Vaccination in Burma 1920-1933 - 1920-1933
Year: 1920
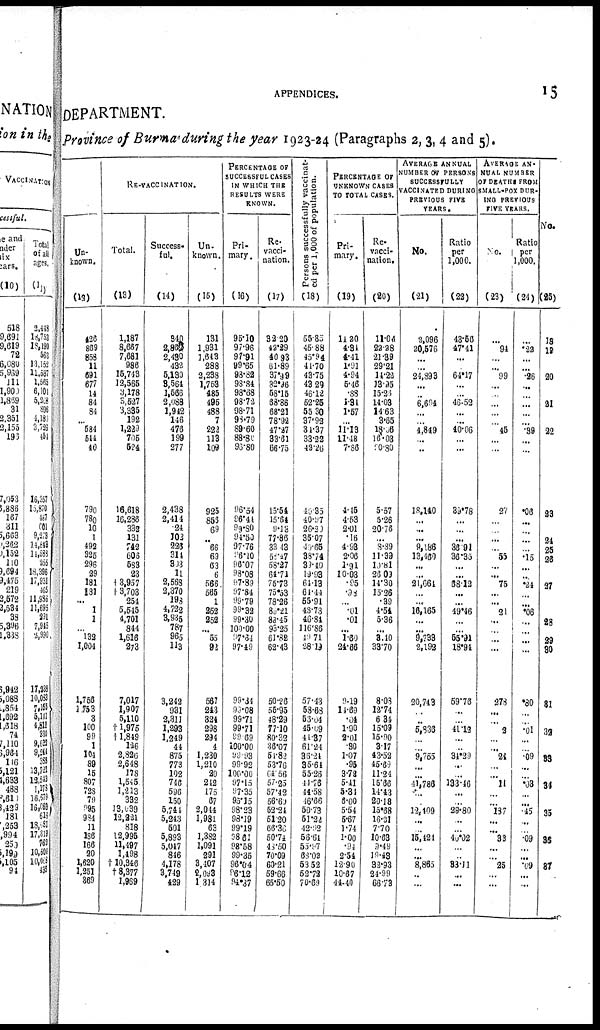
APPENDICES.
15
DEPARTMENT.
Province of Burma during the year 1923-24 (Paragraphs 2, 3, 4 and 5).
Un-
known.
(12)
426
869
858
11
691
677
14
84
84
... 584
544
40
790
780
10
1
492
825
296
29
181
181
... 1
1
... l32
1,004
1,756
1,753
3
100
99
1
104
89
15
807
728
79
995
984
11
186
166
20
1,620
1,251
369
RE-VACCINATION.
Total.
(13)
1,187
8,667
7,681
986
15,743
12,565
3,178
3,527
3,335
192
1,229
705
524
18,618
16,286
332
131
742
606
538
23
† 3,957
†3,703
254
5,545
4,701
844
1,616
273
7,017
1,907
5,110
†1,975
†1,849
126
2,826
2,648
178
1,545
1,213
332
13,639
12,221
818
12,995
11,497
1,498
†10,346
†8,377
1,969
Success¬
ful.
(14)
340
2,863
2,480
432
5,130
8,564
1,586
2,988
1,942
146
476
199
277
2,438
2,414
24
102
226
314
803
11
2,563
2,370
198
4,722
3,935
787
965
113
3,242
931
2,311
1,293
1,249
44
875
773
192
746
596
150
6,744
5,243
501
5,893
5,047
846
4,178
3,749
429
Un¬
known.
(15)
131
1,931
1,643
288
2,238
1,753
485
496
488
7
222
113
109
925
853
69
... 66
69
63
6
566
565
1
252
252
... 55
92
567
213
321
298
294
4
1,230
1,210
20
242
175
67
2,044
1,981
63
1,382
1,091
291
3,407
2,093
1,314
PERCENTAGE OF
SUCCESSFUL CASES
IN WHICH THE
RESULTS WERE
KNOWN.
Pri¬
mary.
(16)
95.10
97.96
97.91
99.65
98.32
98.84
98.68
98.72
98.71
98.79
89.60
88.80
98.80
96.54
86.44
99.80
94.50
97.76
96.10
96.07
98.08
97.89
97.84
99.79
99.32
99.30
100.00
97.64
97.49
99.34
90.08
99.71
99.71
99.69
100.00
99.93
99.92
100.00
97.15
97.35
95.15
98.23
98.19
99.19
98.61
98.58
99.35
96.04
96.12
94.37
Re¬
vacci-
nation.
(17)
32.20
42.29
40.93
61.89
37.99
32.96
58.15
68.86
68.21
78.92
47.27
33.61
66.75
15.51
15.64
9.13
77.86
33.43
58.17
58.27
64.71
75.73
75.53
78.26
89.21
88.45
93.25
61.82
62.43
50.26
55.95
48.29
77.10
80.32
36.07
51.82
53.76
64.56
57.25
57.42
56.69
53.24
51.20
66.36
50.74
48.50
70.09
60.21
59.66
65.50
Persons successfully vaccinat-
ed per 1,000 of population.
(18)
55.35
45.88
45.94
41.70
43.75
43.29
46.12
52.25
55.30
37.93
34.37
33.22
42.26
40.35
40.97
26.20
35.07
49.65
38.74
33.40
19.93
64.13
64.44
55.91
48.73
46.84
116.86
49.71
28.19
57.43
58.63
53.04
45.69
44.87
61.24
36.24
35.64
55.26
11.76
44.58
16.66
50.73
51.22
42.92
58.64
55.97
68.02
53.52
52.72
70.69
PERCENTAGE OF
UNKNOWN CASES
TO TOTAL CASES.
Pri-
-----
(19)
14.20
1.31
4.41
1.91
4.94
5.46
.88
1.81
1.57
... 11.13
11.18
7.86
4.15
4.53
2.01
.16
4.93
2.06
1.91
10.03
.95
.08
... .01
.01
... 1.60
24.66
9.19
14.69
.04
1.90
2.01
. 30
1.07
.95
3.72
5.41
5.31
6.00
5.54
5.67
1.74
1.00
.94
2.54
12.90
10.67
41.40
Re¬
vacci-
nation.
(20)
11.04
23.28
21.89
29.21
11.22
13.95
15.26
14.03
14.63
3.65
18.06
16.03
90.80
5.57
5.26
20.76
... 8.89
11.39
10.81
26.03
14.30
15.26
.39
4.54
5.36
...
8.10
38.70
8.08
12.74
6.34
15.09
15.90
3.17
43.52
45.69
11.24
15.66
14.43
20.18
15.68
16.31
7.70
10.63
9.49
19.48
32.93
24.99
66.73
AVERAGE ANNUAL
NUMBER OF PERSONS
SUCCESSFULLY
VACCINATED DURING
PREVIOUS FIVE
YEARS.
No.
(21)
2,096
20,576
...
... 24,893
...
... 6,694
...
... 4,849
... ...
18,140
... ...
...
9,186
13,460
... ...
21,664
... ...
16,165
...
... 9,739
2,192
20,743
...
...
5,836
...
... 9,755
...
... 41,786
...
... 12,409
...
... 15,424
... ... 8,865
... ...
Ratio
per
1,000.
(22)
43.56
47.41
...
...
64.17
...
...
46.53
... ...
40.06
... ...
39.78
...
...
...
32.91
36.35
...
...
68.12
...
...
49.46
...
...
55.91
18.94
59.76
...
...
41.12
...
... 34.29
...
...
133.46
...
...
29.80
...
... 40.02
...
...
83.11
... ...
AVERAGE AN-
NUAL NUMBER
OF DEATHS FROM
SMALL-POX DUR-
ING PREVIOUS
FIVE YEARS.
No.
(23)
...
94
...
... 99
...
...
...
...
... 45
...
...
27
...
...
...
... 55
...
... 75
... ...
21
...
... ...
...
278
...
... 2
...
... 24
...
...
11
...
...
l37
...
...
33
...
...
25
... ...
Ratio
per
1,000.
(24)
...
.22
...
...
.26
...
...
...
...
...
.99
...
...
.06
...
...
...
...
.15
...
...
.24
...
...
.06
...
...
...
...
.30
...
...
. 01
...
...
.09
...
...
.03
...
...
.45
...
...
.09
...
...
.09
... ...
No.
(25)
18
19
20
21
22
23
24
25
26
27
28
29
30
31
32
33
34
35
36
37